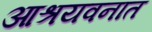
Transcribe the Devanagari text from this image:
आश्रयवनात